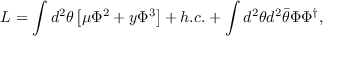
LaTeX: { \cal L } = \int d ^ { 2 } \theta \left[ \mu \Phi ^ { 2 } + y \Phi ^ { 3 } \right] + h . c . + \int d ^ { 2 } \theta d ^ { 2 } \bar { \theta } \Phi \Phi ^ { \dagger } ,